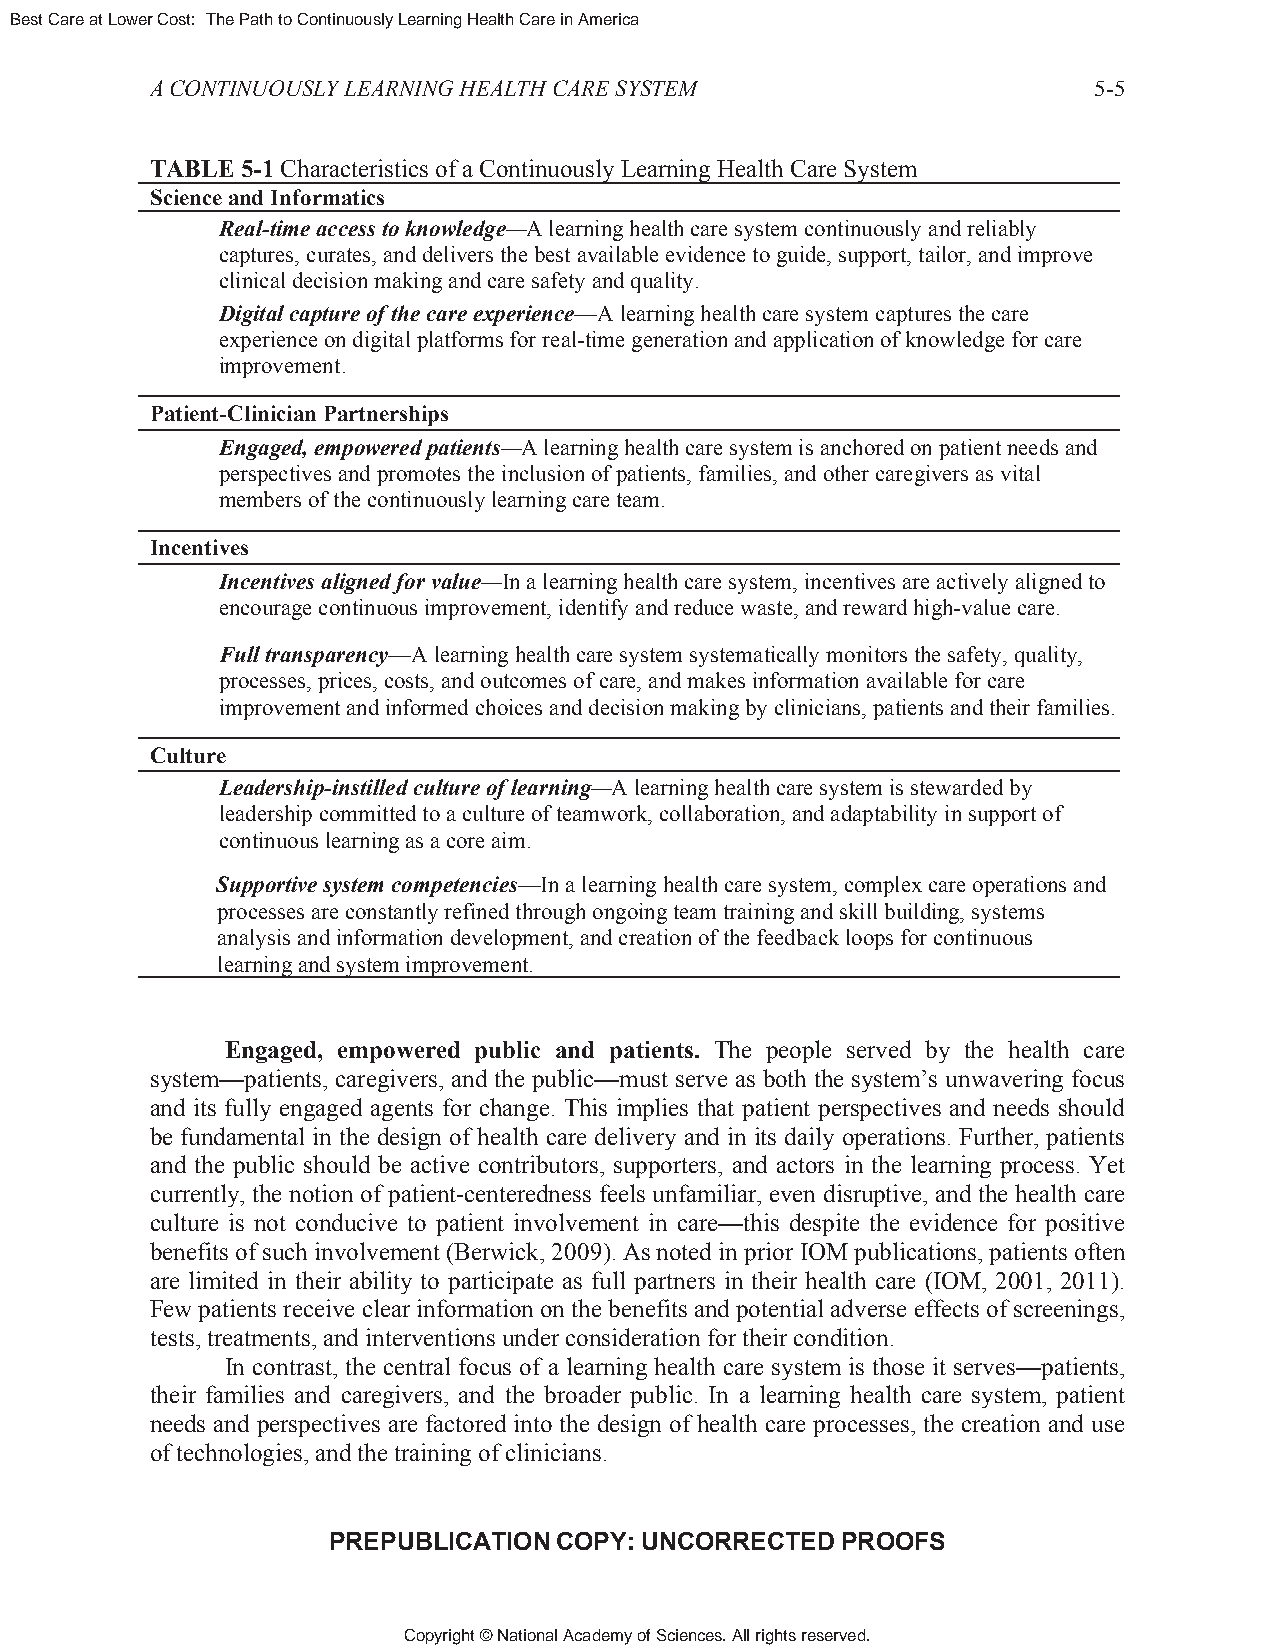
Best Care at Lower Cost: The Path to Continuously Learning Health Care in America
 A CONTINUOUSLY LEARNING HEALTH CARE SYSTEM                    5-5
 TABLE 5-1 Characteristics of a Continuously Learning Health Care System
 Science and Informatics
 Real-time access to knowledge—A learning health care system continuously and reliably
 captures, curates, and delivers the best available evidence to guide, support, tailor, and improve
 clinical decision making and care safety and quality.
 Digital capture of the care experience—A learning health care system captures the care
 experience on digital platforms for real-time generation and application of knowledge for care
 improvement.
 Patient-Clinician Partnerships
 Engaged, empowered patients—A learning health care system is anchored on patient needs and
 perspectives and promotes the inclusion of patients, families, and other caregivers as vital
 members of the continuously learning care team.
 Incentives
 Incentives aligned for value—In a learning health care system, incentives are actively aligned to
 encourage continuous improvement, identify and reduce waste, and reward high-value care.
 Full transparency—A learning health care system systematically monitors the safety, quality,
 processes, prices, costs, and outcomes of care, and makes information available for care
 improvement and informed choices and decision making by clinicians, patients and their families.
 Culture
 Leadership-instilled culture of learning—A learning health care system is stewarded by
 leadership committed to a culture of teamwork, collaboration, and adaptability in support of
 continuous learning as a core aim.
 Supportive system competencies—In a learning health care system, complex care operations and
 processes are constantly refined through ongoing team training and skill building, systems
 analysis and information development, and creation of the feedback loops for continuous
 learning and system improvement.
 Engaged, empowered public and patients. The people served by the health care
 system—patients, caregivers, and the public—must serve as both the system’s unwavering focus
 and its fully engaged agents for change. This implies that patient perspectives and needs should
 be fundamental in the design of health care delivery and in its daily operations. Further, patients
 and the public should be active contributors, supporters, and actors in the learning process. Yet
 currently, the notion of patient-centeredness feels unfamiliar, even disruptive, and the health care
 culture is not conducive to patient involvement in care—this despite the evidence for positive
 benefits of such involvement (Berwick, 2009). As noted in prior IOM publications, patients often
 are limited in their ability to participate as full partners in their health care (IOM, 2001, 2011).
 Few patients receive clear information on the benefits and potential adverse effects of screenings,
 tests, treatments, and interventions under consideration for their condition.
 In contrast, the central focus of a learning health care system is those it serves—patients,
 their families and caregivers, and the broader public. In a learning health care system, patient
 needs and perspectives are factored into the design of health care processes, the creation and use
 of technologies, and the training of clinicians.
 PREPUBLICATION COPY: UNCORRECTED  PROOFS
 Copyright © National Academy of Sciences. All rights reserved.